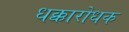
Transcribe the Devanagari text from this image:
धक्कारोधक